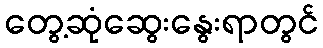
တွေ့ဆုံဆွေးနွေးရာတွင်